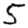
Digit: 5